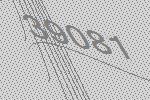
39081